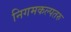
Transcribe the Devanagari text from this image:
निगमकल्पतरु